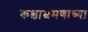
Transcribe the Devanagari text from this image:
कक्षाभ्रमणाच्या